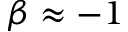
\beta \approx - 1